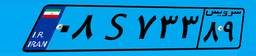
۰۸S۷۳۳۸۹